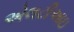
એલટીઆઇ